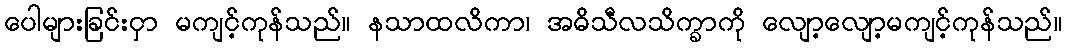
ပေါများခြင်းငှာ မကျင့်ကုန်သည်။ နသာထလိကာ၊ အဓိသီလသိက္ခာကို လျော့လျော့မကျင့်ကုန်သည်။